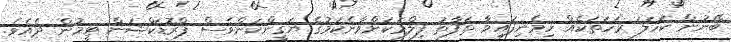
ބޭނުން ކަހަލަ ރަހަތަކެއް ހިމެނިފައިވާ ތަފާތު ފިލްމަކަށްވާނެކަމުގެ ޔަގީންކަންވެސް ޕްރޮޑަކްޝަން ޓީމުން ދެއެވެ.